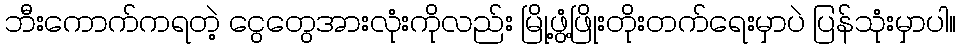
ဘီးကောက်ကရတဲ့ ငွေတွေအားလုံးကိုလည်း မြို့ဖွံ့ဖြိုးတိုးတက်ရေးမှာပဲ ပြန်သုံးမှာပါ။